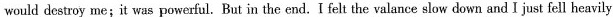
would destroy me;it was powerful. But in the end. I felt the valance slow down and I just fell heavily